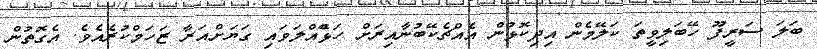
ބަލަ ސަރީފޫ ހޭބަލިވީތަ ކަލޭމެން އިދިކޮޅުން އެއްޗެކޭބުނާއިރަށް ހަޅޭްއްލަވައި ގަޔަށްއަރާ ޒަހަމްކުރެއެވެ. އެގޮތުން